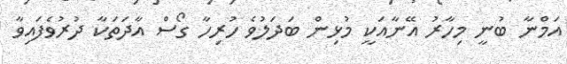
އަމްނާ ބުނީ މިހާރު އޭނާއަކީ މުޅިން ބަދަލުވެ ހުރިހާ ގޯސް އާދަތަކާ ދުރުވެފައިވާ